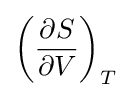
\left({\frac {\partial S}{\partial V}}\right)_{T}